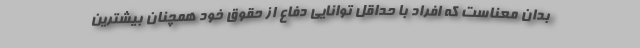
بدان معناست که افراد با حداقل توانایی دفاع از حقوق خود همچنان بیشترین